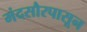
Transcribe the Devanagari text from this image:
मंदसौरपासून